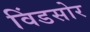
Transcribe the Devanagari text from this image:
विंडसोर